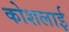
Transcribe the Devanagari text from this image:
कोशलाई